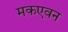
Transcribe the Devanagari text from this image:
मकएवन